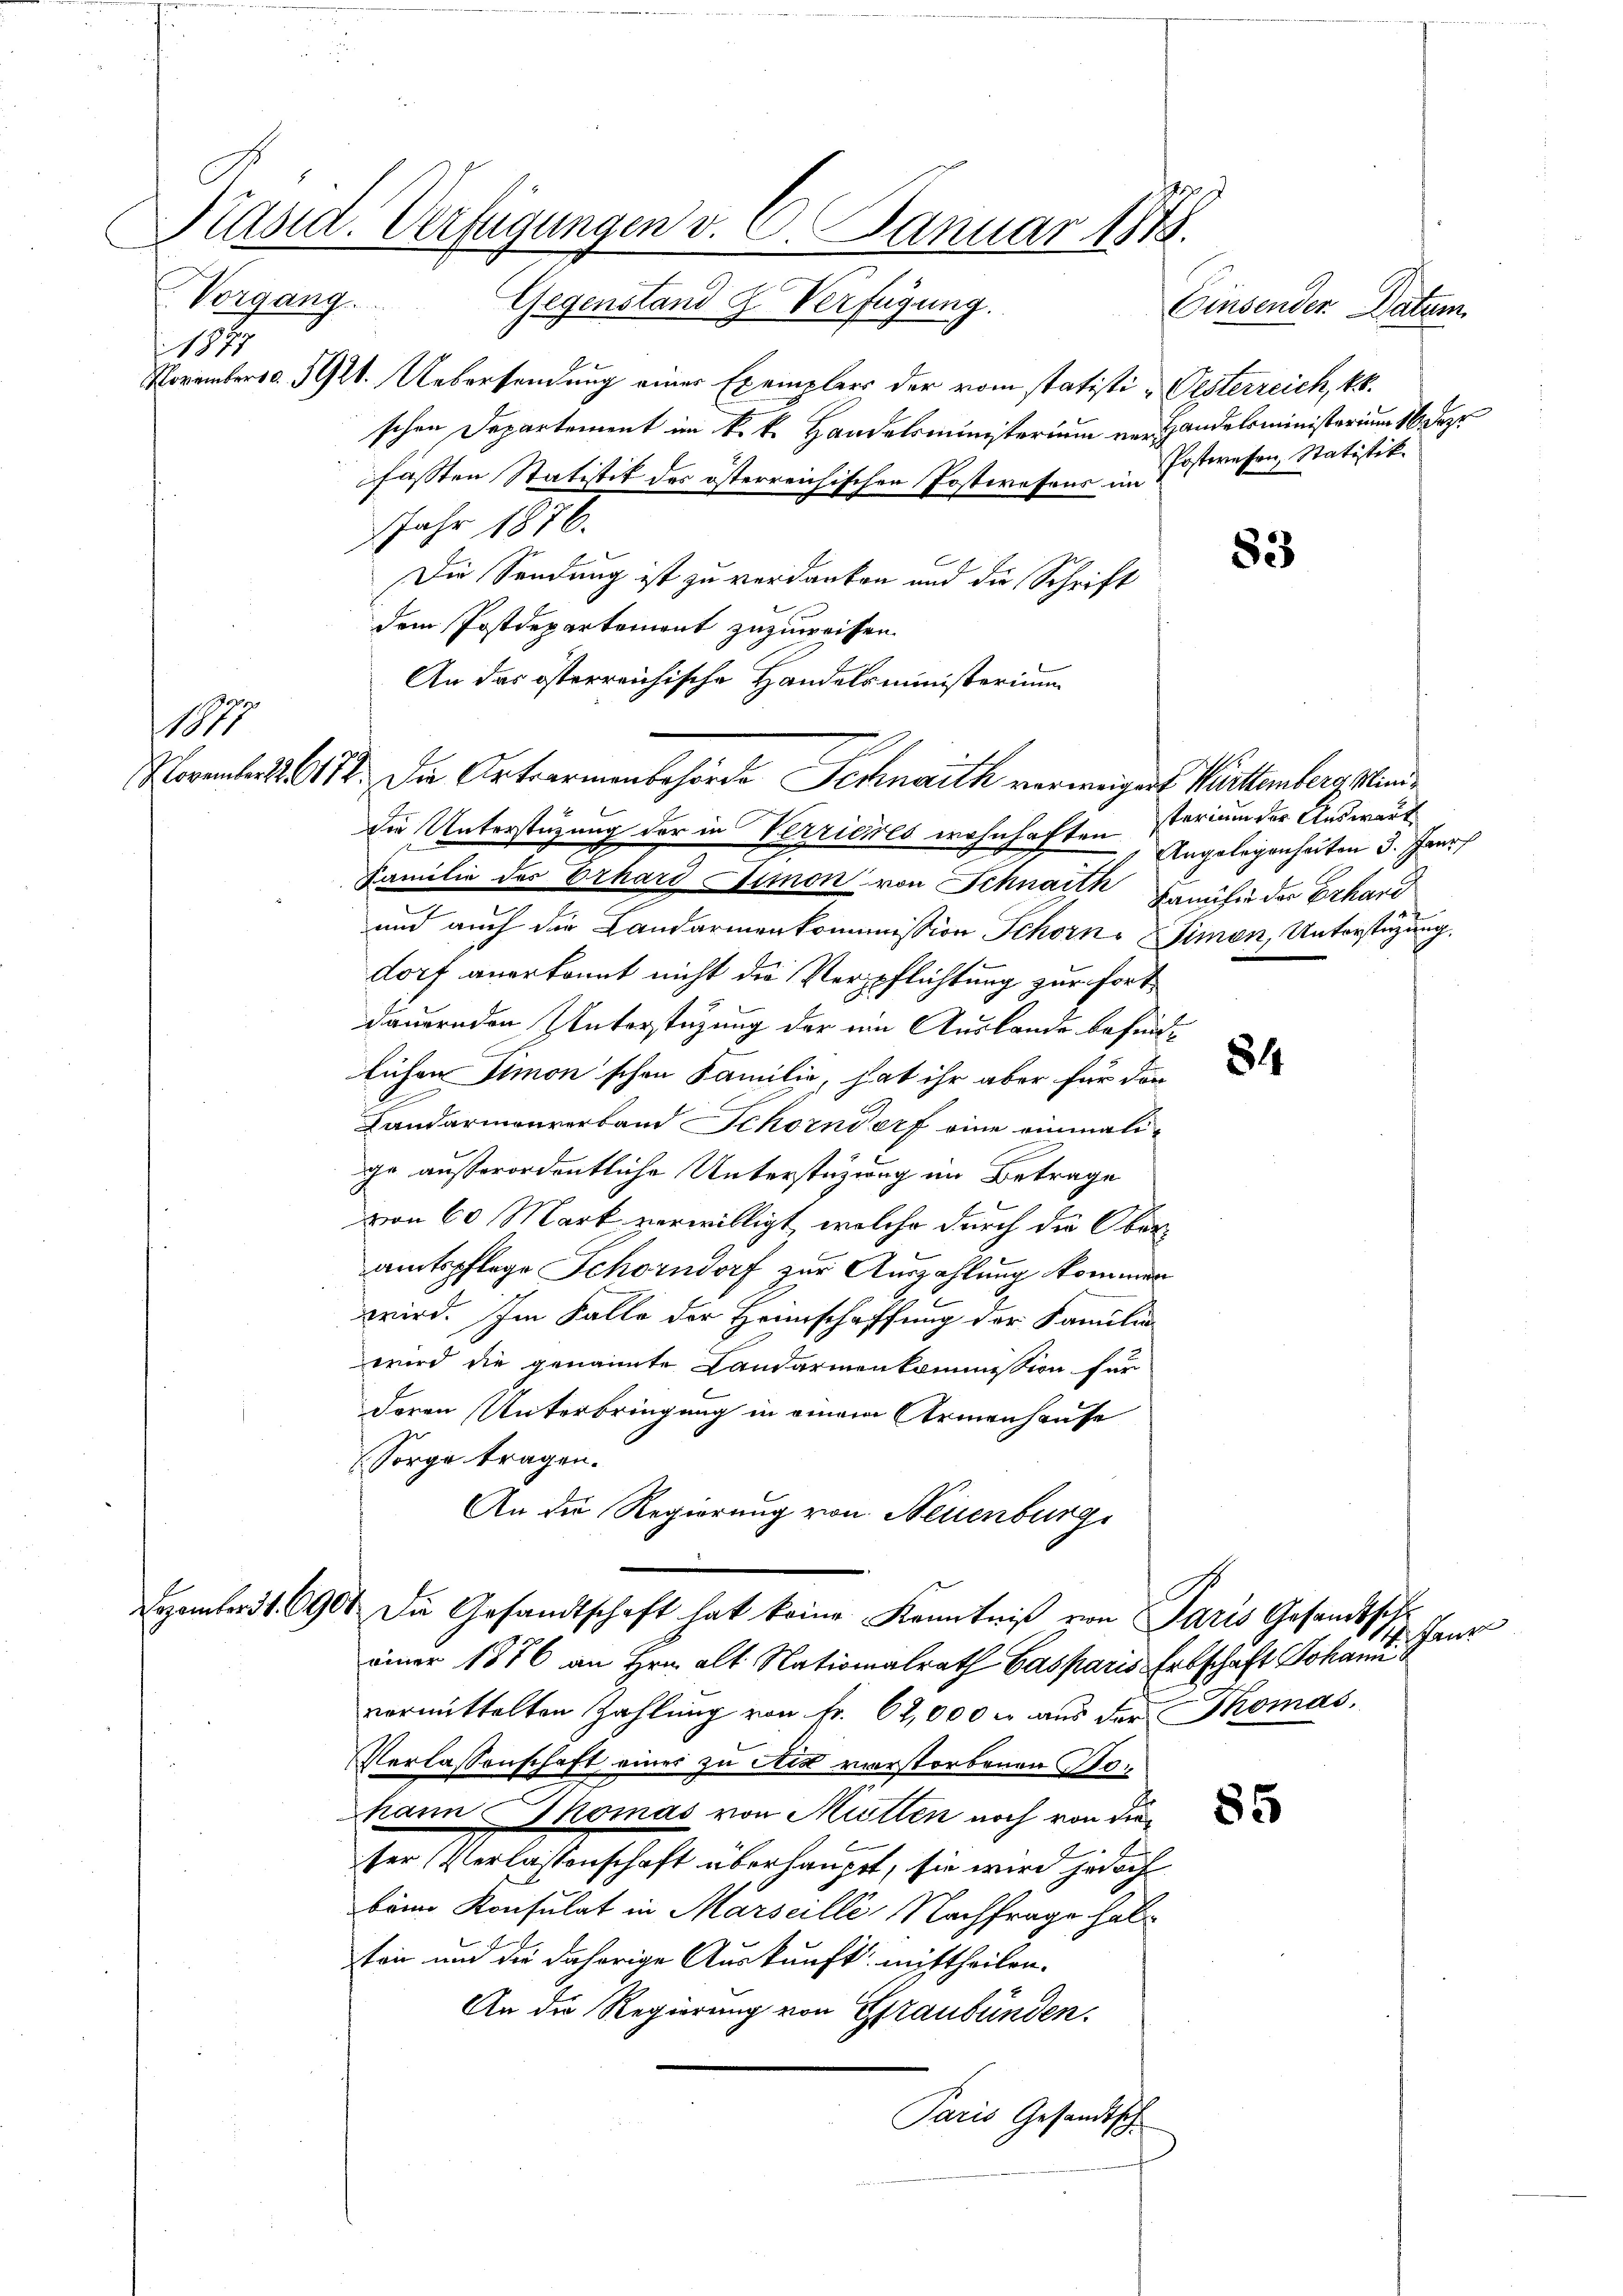
179

Novembers d. St. Uebersendung einer Exemplers der vom statistischen Departement im k. k. Handelsministerium vor Handelsministerium 16. Deze
fassten Statistik des österreichischen Postwesens im
Jahr 1876.
Die Sendung ist zu verdanken und die Schrift
dem Postdepartement zuzuweisen.
An das österreichische Handelsministerium
die Unterstüzung der in Verrieres wohnhaften sterium der Auswart
Familie der Erhard Simon von Schnaith Familie der Erhard
und auch die Landarmenkommission Schorn, Simon, Unterstüzung,
dorf anerkannt nicht die Verpflichtung zur fortdauernden Unterstüzung der ein Auslande befinlichen Simon'schen Familie, hat ihr aber für der
Landarmenverband Schorndorf eine einmalige ausserordentliche Unterstüzung im Betrage
von 60 Mark verwilligt, welche durch die Ober
amtspflege Schorndorf zur Auszahlung kommen
wird. Im Falle der Heimschaffung der Familien
wird die genannte Landarmenkommission für
deren Unterbringung in einem Armenhause
Sorge tragen.
An die Regierung von Neuenburg
Dezember 1. 6904 die Gesandtschaft hat keine Kenntniß von Paris Gesandtsch
einer 1876 an Hrn. alt Nationalrath Gasparis Erbschaft Johannivermittelten Zahlung von Fr. 62,000 u. aus der Thomas,
Verlassenschaft eines zu Art verstorbenen Pohann Thomas von Mitten noch von die
ser Verlassenschaft überhaupt, sie wird jedoch
beim Konsulat in Marseille Nachfrage hal
ten und die daherige Auskunft mittheilen.
An die Regierung von Graubünden.
Paris Gesandtsch

1

Präsid. Verfügungen v. 6. Januar 1818.
Vorgang. Gegenstand J. Verfügung.
Einsender Datum

November 112. Die Ortwarmenbehörde Schnaith verweigent. Mittemberg stand¬

Oesterreich, 18.
Postwesen, Statistik.

83

Angelegenheiten 3. Janr

84

hant